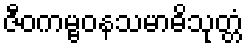
ဇီဝကမ္ဗဝနသမာဓိသုတ္တံ